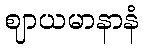
ဈာယမာနာနံ